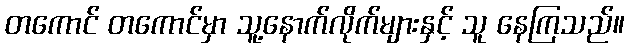
တကောင် တကောင်မှာ သူ့နောက်လိုက်များနှင့် သူ နေကြသည်။